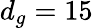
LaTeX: d_{g}=15